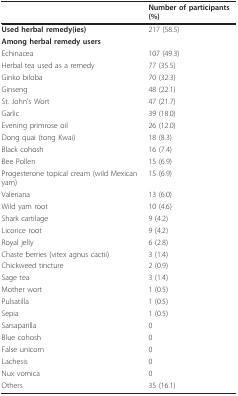
<table><thead><tr><td></td><td><b>Number of participants (%)</b></td></tr></thead><tbody><tr><td><b>Used herbal remedy(ies)</b></td><td>217 (58.5)</td></tr><tr><td><b>Among herbal remedy users</b></td><td></td></tr><tr><td>Echinacea</td><td>107 (49.3)</td></tr><tr><td>Herbal tea used as a remedy</td><td>77 (35.5)</td></tr><tr><td>Ginko biloba</td><td>70 (32.3)</td></tr><tr><td>Ginseng</td><td>48 (22.1)</td></tr><tr><td>St. John&#x27;s Wort</td><td>47 (21.7)</td></tr><tr><td>Garlic</td><td>39 (18.0)</td></tr><tr><td>Evening primrose oil</td><td>26 (12.0)</td></tr><tr><td>Dong quai (tong Kwai)</td><td>18 (8.3)</td></tr><tr><td>Black cohosh</td><td>16 (7.4)</td></tr><tr><td>Bee Pollen</td><td>15 (6.9)</td></tr><tr><td>Progesterone topical cream (wild Mexican yam)</td><td>15 (6.9)</td></tr><tr><td>Valeriana</td><td>13 (6.0)</td></tr><tr><td>Wild yam root</td><td>10 (4.6)</td></tr><tr><td>Shark cartilage</td><td>9 (4.2)</td></tr><tr><td>Licorice root</td><td>9 (4.2)</td></tr><tr><td>Royal jelly</td><td>6 (2.8)</td></tr><tr><td>Chaste berries (vitex agnus cactii)</td><td>3 (1.4)</td></tr><tr><td>Chickweed tincture</td><td>2 (0.9)</td></tr><tr><td>Sage tea</td><td>3 (1.4)</td></tr><tr><td>Mother wort</td><td>1 (0.5)</td></tr><tr><td>Pulsatilla</td><td>1 (0.5)</td></tr><tr><td>Sepia</td><td>1 (0.5)</td></tr><tr><td>Sarsaparilla</td><td>0</td></tr><tr><td>Blue cohosh</td><td>0</td></tr><tr><td>False unicorn</td><td>0</td></tr><tr><td>Lachesis</td><td>0</td></tr><tr><td>Nux vomica</td><td>0</td></tr><tr><td>Others</td><td>35 (16.1)</td></tr></tbody></table>